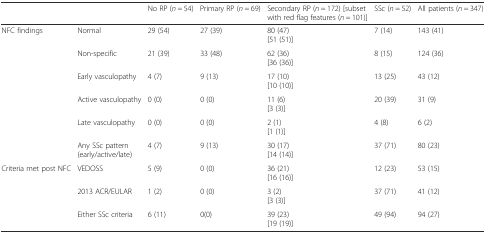
<table><thead><tr><td></td><td></td><td><b>No RP (<i>n</i> = 54)</b></td><td><b>Primary RP (<i>n</i> = 69)</b></td><td><b>Secondary RP (<i>n</i> = 172) [subset with red flag features (<i>n</i> = 101)]</b></td><td><b>SSc (<i>n</i> = 52)</b></td><td><b>All patients (<i>n</i> = 347)</b></td></tr></thead><tbody><tr><td>NFC findings</td><td>Normal</td><td>29 (54)</td><td>27 (39)</td><td>80 (47)[51 (51)]</td><td>7 (14)</td><td>143 (41)</td></tr><tr><td></td><td>Non-specific</td><td>21 (39)</td><td>33 (48)</td><td>62 (36)[36 (36)]</td><td>8 (15)</td><td>124 (36)</td></tr><tr><td></td><td>Early vasculopathy</td><td>4 (7)</td><td>9 (13)</td><td>17 (10)[10 (10)]</td><td>13 (25)</td><td>43 (12)</td></tr><tr><td></td><td>Active vasculopathy</td><td>0 (0)</td><td>0 (0)</td><td>11 (6)[3 (3)]</td><td>20 (39)</td><td>31 (9)</td></tr><tr><td></td><td>Late vasculopathy</td><td>0 (0)</td><td>0 (0)</td><td>2 (1)[1 (1)]</td><td>4 (8)</td><td>6 (2)</td></tr><tr><td></td><td>Any SSc pattern (early/active/late)</td><td>4 (7)</td><td>9 (13)</td><td>30 (17)[14 (14)]</td><td>37 (71)</td><td>80 (23)</td></tr><tr><td>Criteria met post NFC</td><td>VEDOSS</td><td>5 (9)</td><td>0 (0)</td><td>36 (21)[16 (16)]</td><td>12 (23)</td><td>53 (15)</td></tr><tr><td></td><td>2013 ACR/EULAR</td><td>1 (2)</td><td>0 (0)</td><td>3 (2)[3 (3)]</td><td>37 (71)</td><td>41 (12)</td></tr><tr><td></td><td>Either SSc criteria</td><td>6 (11)</td><td>0(0)</td><td>39 (23)[19 (19)]</td><td>49 (94)</td><td>94 (27)</td></tr></tbody></table>